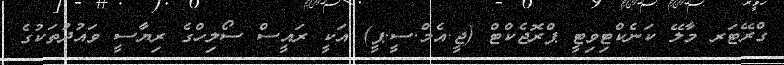
ގްރޭޓަރ މާލޭ ކަނެކްޓިވިޓީ ޕްރޮޖެކްޓް (ޖީ.އެމް.ސީ.ޕީ) އަކީ ރައީސް ސޯލިހްގެ ރިޔާސީ ވައުދުތަކުގެ